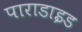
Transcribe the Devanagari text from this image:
पाराडाइड